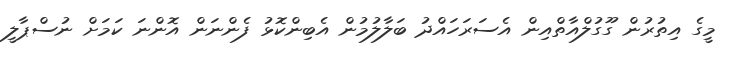
މީގެ އިތުރުން ގޫގުލްއާތްއިން އެސަރަހައްދު ބަލާލުމުން އެބިންކޮޅު ފެންނަން އޮންނަ ކަމަށް ނުސްޕާލީ